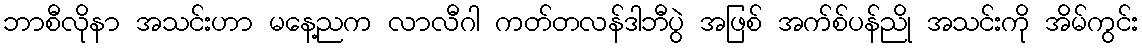
ဘာစီလိုနာ အသင်းဟာ မနေ့ညက လာလီဂါ ကတ်တလန်ဒါဘီပွဲ အဖြစ် အက်စ်ပန်ညို အသင်းကို အိမ်ကွင်း